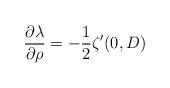
LaTeX: \begin{align*} \frac{\partial \lambda}{ \partial \rho} = - \frac{1}{2}\zeta'(0, D) \end{align*}